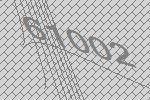
61002